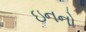
ઇનનો